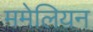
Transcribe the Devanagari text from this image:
ममेलियन